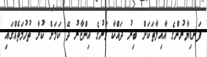
ފަނޑިޔާރުންގެ އާއިލާތަކަށް ބިރު ދައްކާ މަރުގެ އިންޒާރު ދޭ ކަމަށް ކުރާ ތުހުމަތެއްގައި